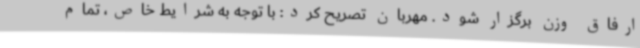
ارفاق وزن برگزار شود. مهربان تصریح کرد: با توجه به شرایط خاص، تمام